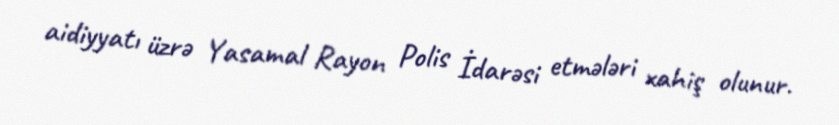
aidiyyatı üzrə Yasamal Rayon Polis İdarəsi etmələri xahiş olunur.